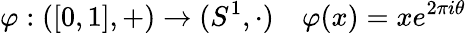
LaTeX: \varphi:([0,1],+)\to(S^{1},\cdot)\quad\varphi(x)=xe^{2\pi i\theta}